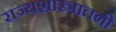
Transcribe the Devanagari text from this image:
राज्यशास्त्रातली